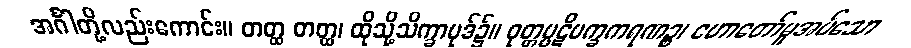
အင်္ဂါတို့လည်းကောင်း။ တတ္ထ တတ္ထ၊ ထိုသို့သိက္ခာပုဒ်၌။ ဝုတ္တပ္ပဋိပက္ခကရဏဉ္စ၊ ဟောတော်မူအပ်သော